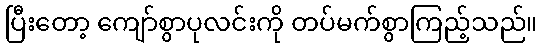
ပြီးတော့ ကျော်စွာပုလင်းကို တပ်မက်စွာကြည့်သည်။